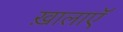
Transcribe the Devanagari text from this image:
ख़ालाएॅ